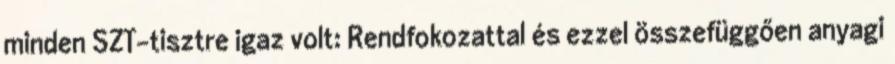
minden SZT-tisztre igaz volt: Rendfokozattal és ezzel összefüggően anyagi